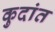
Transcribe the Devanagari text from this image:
कुदांत